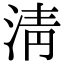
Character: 清